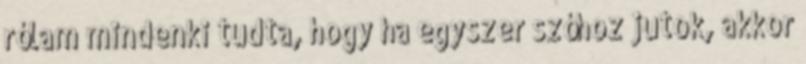
rólam mindenki tudta, hogy ha egyszer szóhoz jutok, akkor